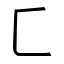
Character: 匚